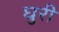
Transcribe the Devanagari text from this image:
घुरी